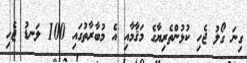
ގިނަ ގޯލު ޖެހި ކުޅުންތެރިޔާގެ މަޤާމާއި އެ މުބާރާތުގައި 100 ލަނޑު ޖެހި